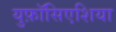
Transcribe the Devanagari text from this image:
युफ़ॉसिएशिया